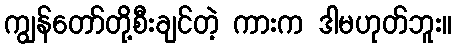
ကျွန်တော်တို့စီးချင်တဲ့ ကားက ဒါမဟုတ်ဘူး။